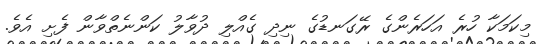
މިކަމަކާ ހުރެ އަހަރެންގެ ރޭގަނޑުގެ ނިދި ގެއްލި ދުވާލު ކަންނެތްވާން ފެށި އެވެ.